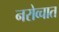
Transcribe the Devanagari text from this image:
नरोव्चात